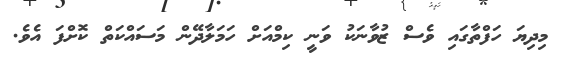
މިދިޔަ ހަފްތާގައި ވެސް ޒުވާނަކު ވަނީ ކިމްއަށް ހަމަލާދޭން މަސައްކަތް ކޮށްފަ އެވެ.